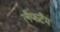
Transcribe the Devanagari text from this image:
लैफटैम